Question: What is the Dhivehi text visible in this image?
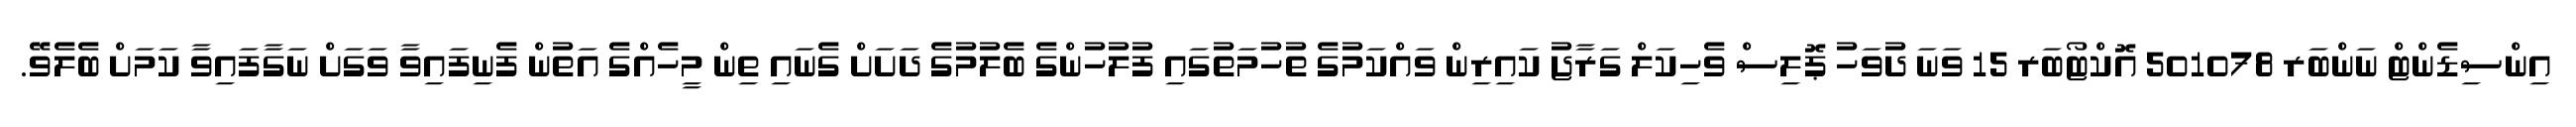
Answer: އިންސިޑެންޓް ނަންބަރ 501078 އޮކްޓޯބަރ 15 ވަނަ ދުވަހު ޕޮލިސް ވެހިކަލް ގަރާޖު ކައިރިން ވައްކަމުގެ ތުހުމަތުގައި ފުލުހުންގެ ބެލުމުގެ ދަށަށް ގެނައި ތިން މީހެއްގެ އަތުން ފެނިފައިވާ ވަގަށް ނަގާފައިވާ ކަމަށް ބެލެވޭ.